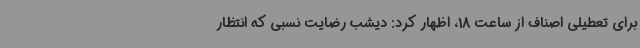
برای تعطیلی اصناف از ساعت 18، اظهار کرد: دیشب رضایت نسبی که انتظار